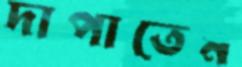
দাপাতেম